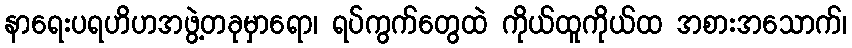
နာရေးပရဟိဟအဖွဲ့တခုမှာရော၊ ရပ်ကွက်တွေထဲ ကိုယ်ထူကိုယ်ထ အစားအသောက်၊